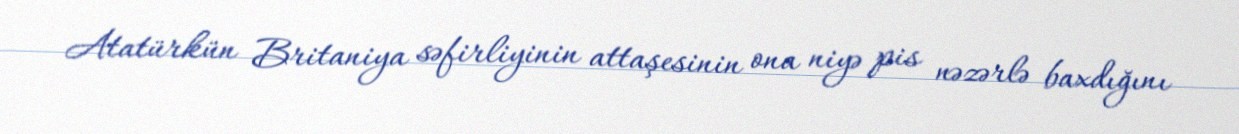
Atatürkün Britaniya səfirliyinin attaşesinin ona niyə pis nəzərlə baxdığını